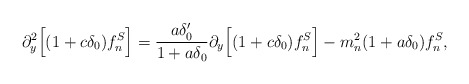
\begin{align*}\partial_y^2 \Big[(1+c \delta_0) f_n^S \Big]=\frac{a \delta_0^\prime}{1+a\delta_0} \partial_y \Big[ (1+c \delta_0)f_n^S \Big] -m_n^2 (1+a\delta_0)f_n^S,\end{align*}